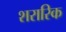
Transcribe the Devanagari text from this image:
शरारिक